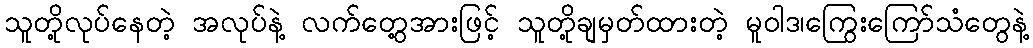
သူတို့လုပ်နေတဲ့ အလုပ်နဲ့ လက်တွေ့အားဖြင့် သူတို့ချမှတ်ထားတဲ့ မူဝါဒ၊ကြွေးကြော်သံတွေနဲ့